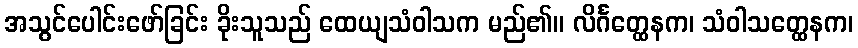
အသွင်ပေါင်းဖော်ခြင်း ခိုးသူသည် ထေယျသံဝါသက မည်၏။ လိင်္ဂတ္ထေနက၊ သံဝါသတ္ထေနက၊